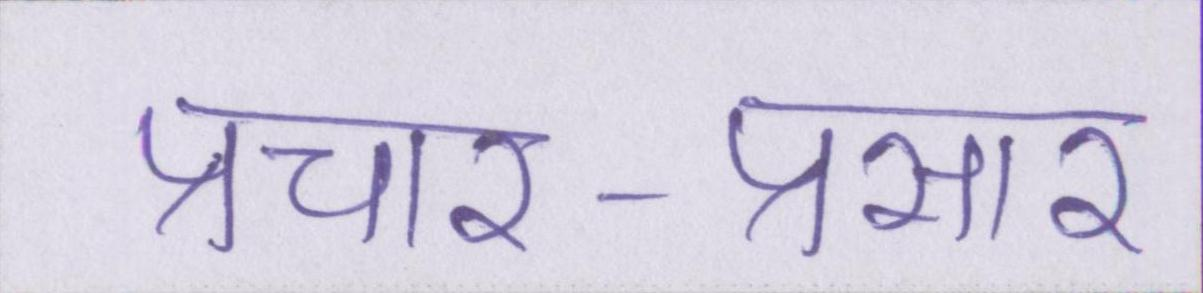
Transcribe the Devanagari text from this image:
प्रचार-प्रसार